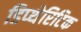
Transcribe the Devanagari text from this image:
डिप्थेरिटिक